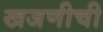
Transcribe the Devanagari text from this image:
खजणीची